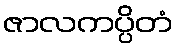
ဇာလကပ္ပိတံ